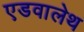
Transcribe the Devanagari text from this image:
एडवालेथ